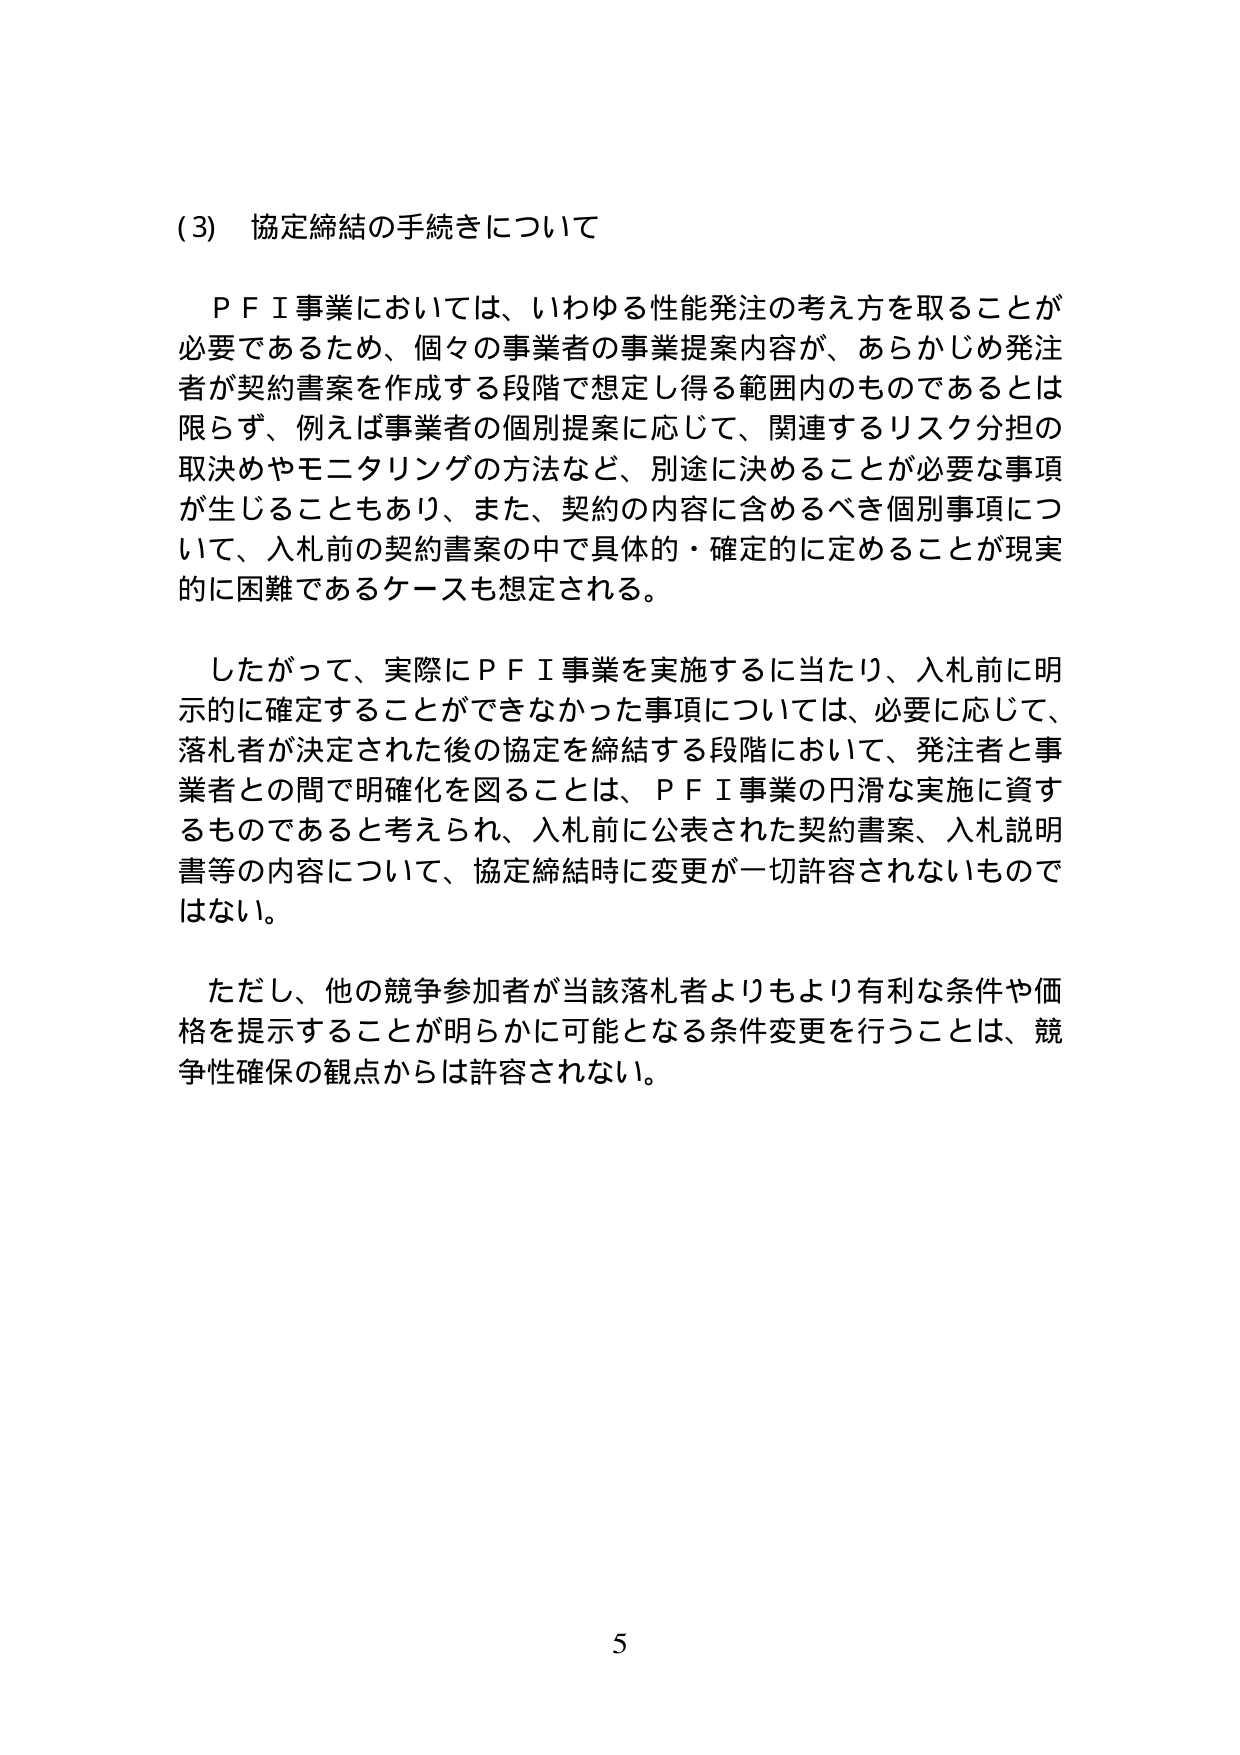
(3) 協定締結の手続きについて

ＰＦＩ事業においては、いわゆる性能発注の考え方を取ることが必要であるため、個々の事業者の事業提案内容が、あらかじめ発注者が契約書案を作成する段階で想定し得る範囲内のものであるとは限らず、例えば事業者の個別提案に応じて、関連するリスク分担の取決めやモニタリングの方法など、別途に決めることが必要な事項が生じることもあり、また、契約の内容に含めるべき個別事項について、入札前の契約書案の中で具体的・確定的に定めることが現実的に困難であるケースも想定される。

したがって、実際にＰＦＩ事業を実施するに当たり、入札前に明示的に確定することができなかった事項については、必要に応じて、落札者が決定された後の協定を締結する段階において、発注者と事業者との間で明確化を図ることは、ＰＦＩ事業の円滑な実施に資するものであると考えられ、入札前に公表された契約書案、入札説明書等の内容について、協定締結時に変更が一切許容されないものではない。

ただし、他の競争参加者が当該落札者よりもより有利な条件や価格を提示することが明らかに可能となる条件変更を行うことは、競争性確保の観点からは許容されない。

5